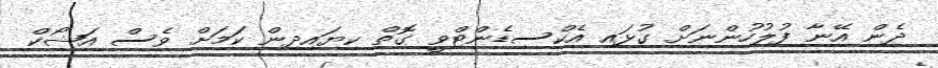
ދެން އޭނާ ފުލުހުންނަށް ގުޅައި އެކްސިޑެންޓްވީ ގޮތް ކިޔައިދިން ކަމަށް ވެސް އަޝޯކް